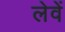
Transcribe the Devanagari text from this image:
लेवें